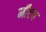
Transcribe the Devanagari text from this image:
मीटप